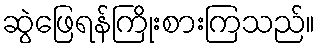
ဆွဲဖြေရန်ကြိုးစားကြသည်။